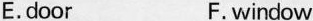
E.door F.window